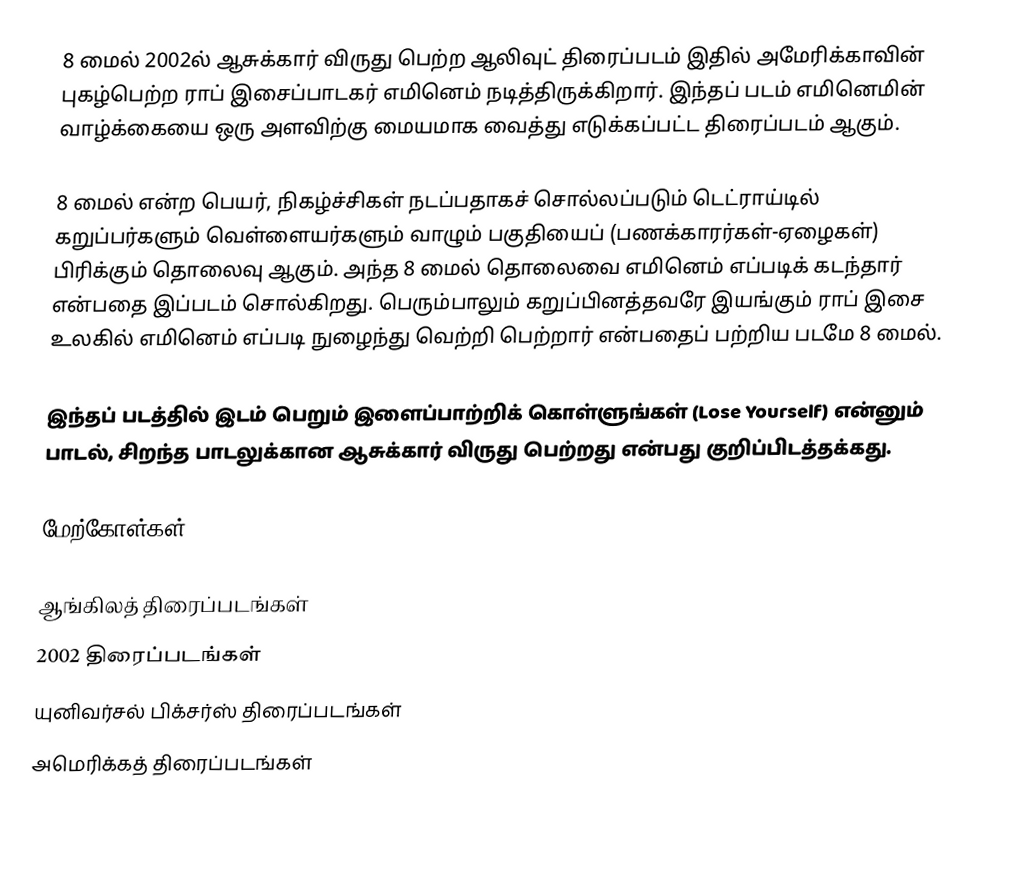
8 மைல் 2002ல் ஆசுக்கார் விருது பெற்ற ஆலிவுட் திரைப்படம் இதில் அமேரிக்காவின் புகழ்பெற்ற ராப் இசைப்பாடகர் எமினெம் நடித்திருக்கிறார். இந்தப் படம் எமினெமின் வாழ்க்கையை ஒரு அளவிற்கு மையமாக வைத்து எடுக்கப்பட்ட திரைப்படம் ஆகும்.

8 மைல் என்ற பெயர், நிகழ்ச்சிகள் நடப்பதாகச் சொல்லப்படும் டெட்ராய்டில் கறுப்பர்களும் வெள்ளையர்களும் வாழும் பகுதியைப் (பணக்காரர்கள்-ஏழைகள்) பிரிக்கும் தொலைவு ஆகும். அந்த 8 மைல் தொலைவை எமினெம் எப்படிக் கடந்தார் என்பதை இப்படம் சொல்கிறது. பெரும்பாலும் கறுப்பினத்தவரே இயங்கும் ராப் இசை உலகில் எமினெம் எப்படி நுழைந்து வெற்றி பெற்றார் என்பதைப் பற்றிய படமே 8 மைல்.

இந்தப் படத்தில் இடம் பெறும் இளைப்பாற்றிக் கொள்ளுங்கள் (Lose Yourself) என்னும் பாடல், சிறந்த பாடலுக்கான ஆசுக்கார் விருது பெற்றது என்பது குறிப்பிடத்தக்கது.

மேற்கோள்கள்

ஆங்கிலத் திரைப்படங்கள்
2002 திரைப்படங்கள்
யுனிவர்சல் பிக்சர்ஸ் திரைப்படங்கள்
அமெரிக்கத் திரைப்படங்கள்